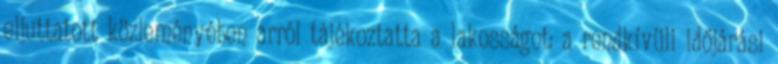
eljuttatott közleményében arról tájékoztatta a lakosságot: a rendkívüli időjárási